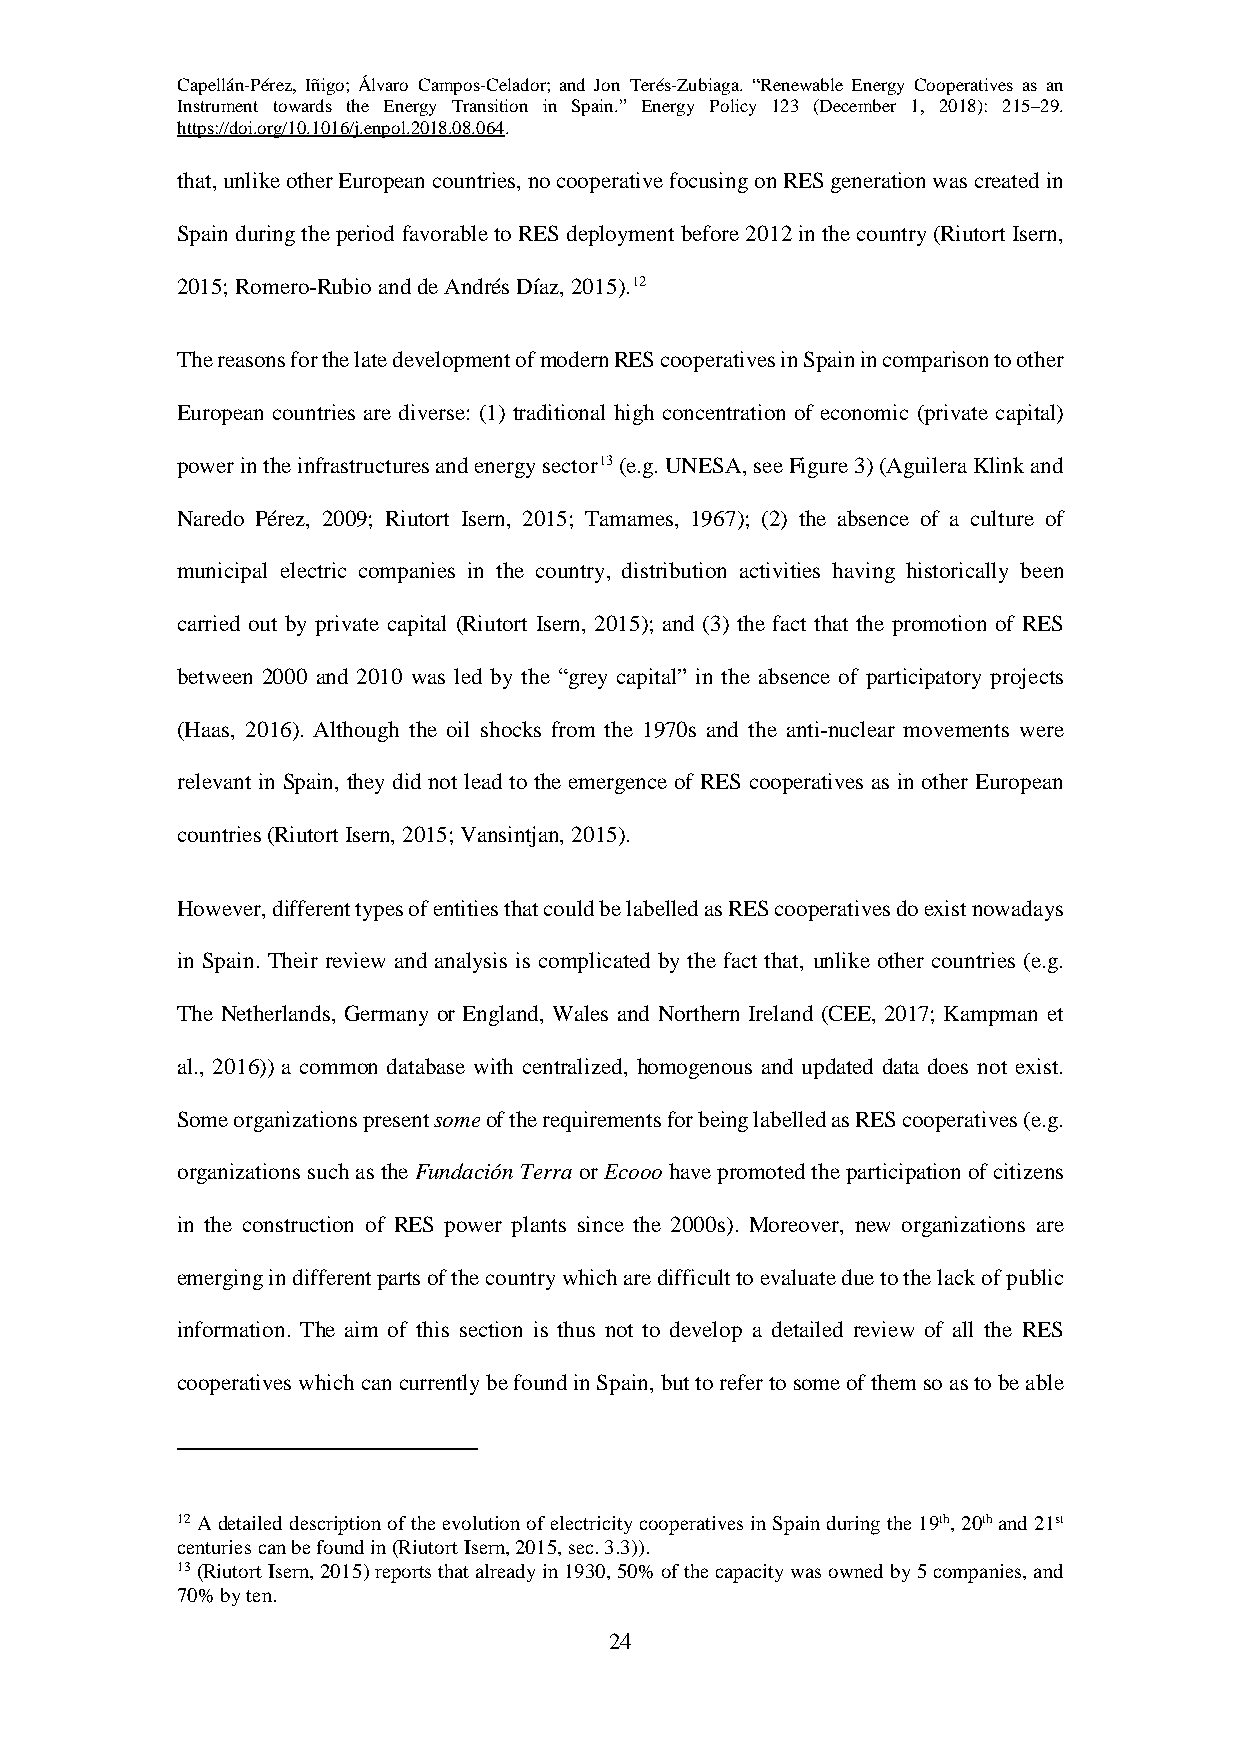
Capellán-Pérez, Iñigo; Álvaro Campos-Celador; and Jon Terés-Zubiaga. “Renewable Energy Cooperatives as an
 Instrument towards the Energy Transition in Spain.” Energy Policy 123 (December 1, 2018): 215–29.
 https://doi.org/10.1016/j.enpol.2018.08.064.
 that, unlike other European countries, no cooperative focusing on RES generation was created in
 Spain during the period favorable to RES deployment before 2012 in the country (Riutort Isern,
 2015; Romero-Rubio and de Andrés Díaz, 2015).12
 The reasons for the late development of modern RES cooperatives in Spain in comparison to other
 European countries are diverse: (1) traditional high concentration of economic (private capital)
 power in the infrastructures and energy sector13 (e.g. UNESA, see Figure 3) (Aguilera Klink and
 Naredo Pérez, 2009; Riutort Isern, 2015; Tamames, 1967); (2) the absence of a culture of
 municipal electric companies in the country, distribution activities having historically been
 carried out by private capital (Riutort Isern, 2015); and (3) the fact that the promotion of RES
 between 2000 and 2010 was led by the “grey capital” in the absence of participatory projects
 (Haas, 2016). Although the oil shocks from the 1970s and the anti-nuclear movements were
 relevant in Spain, they did not lead to the emergence of RES cooperatives as in other European
 countries (Riutort Isern, 2015; Vansintjan, 2015).
 However, different types of entities that could be labelled as RES cooperatives do exist nowadays
 in Spain. Their review and analysis is complicated by the fact that, unlike other countries (e.g.
 The Netherlands, Germany or England, Wales and Northern Ireland (CEE, 2017; Kampman et
 al., 2016)) a common database with centralized, homogenous and updated data does not exist.
 Some organizations present some of the requirements for being labelled as RES cooperatives (e.g.
 organizations such as the Fundación Terra or Ecooo have promoted the participation of citizens
 in the construction of RES power plants since the 2000s). Moreover, new organizations are
 emerging in different parts of the country which are difficult to evaluate due to the lack of public
 information. The aim of this section is thus not to develop a detailed review of all the RES
 cooperatives which can currently be found in Spain, but to refer to some of them so as to be able
 12 A detailed description of the evolution of electricity cooperatives in Spain during the 19th, 20th and 21st
 centuries can be found in (Riutort Isern, 2015, sec. 3.3)).
 13 (Riutort Isern, 2015) reports that already in 1930, 50% of the capacity was owned by 5 companies, and
 70% by ten.
 24